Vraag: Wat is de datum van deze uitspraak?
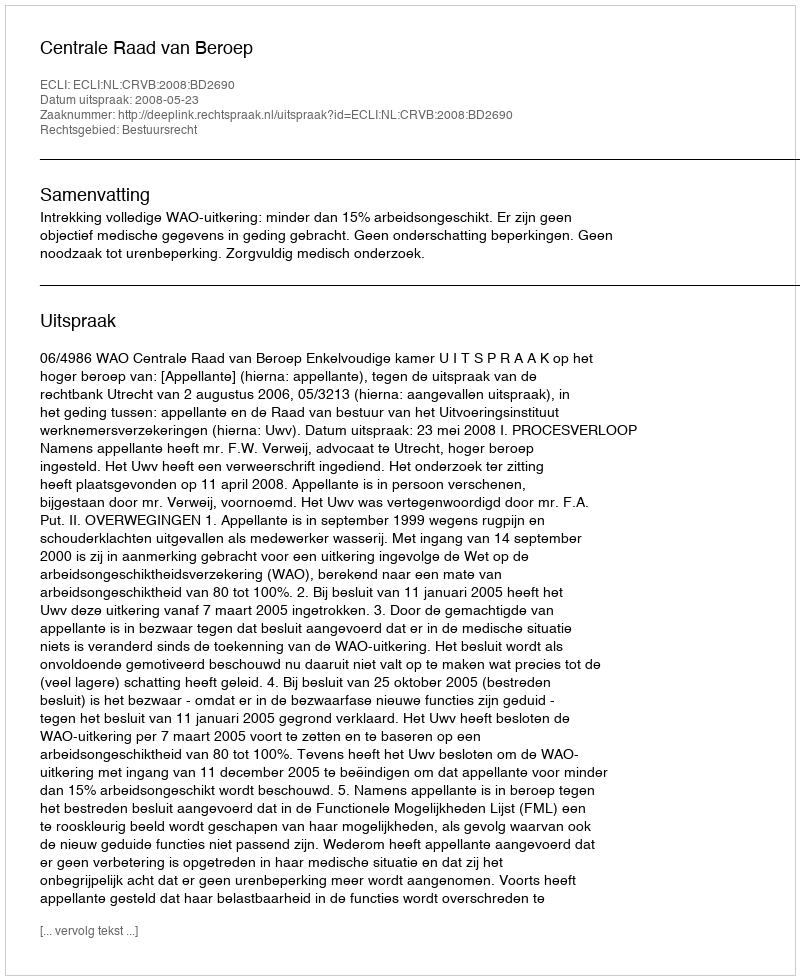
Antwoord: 2008-05-23